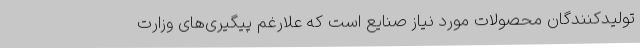
تولیدکنندگان محصولات مورد نیاز صنایع است که علارغم پیگیری‌های وزارت